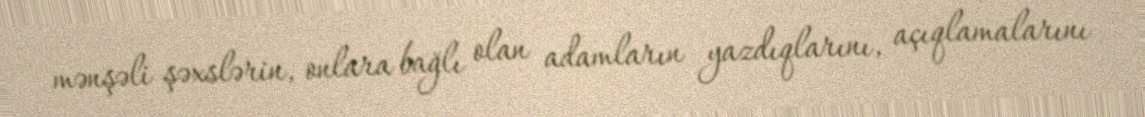
mənşəli şəxslərin, onlara bağlı olan adamların yazdıqlarını, açıqlamalarını